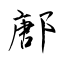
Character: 鄌